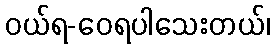
ဝယ်ရ-ဝေရပါသေးတယ်၊